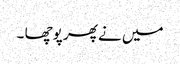
میں نے پھر پوچھا ۔